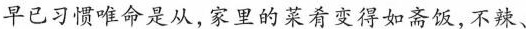
早已习惯唯命是从,家里的菜肴变得如斋饭,不辣、